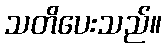
သတိပေးသည်။